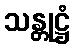
သန္တုဋ္ဌံ